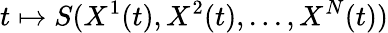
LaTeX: t\mapsto S(X^{1}(t),X^{2}(t),...,X^{N}(t))